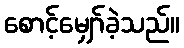
စောင့်မျှော်ခဲ့သည်။